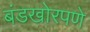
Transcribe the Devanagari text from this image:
बंडखोरपणे